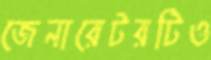
জেনারেটরটিও